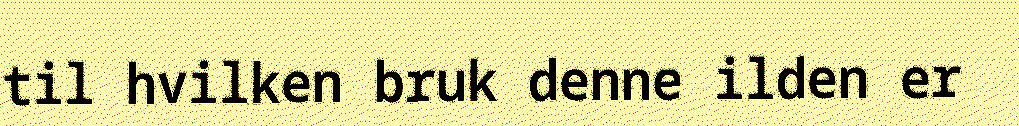
til hvilken bruk denne ilden er